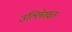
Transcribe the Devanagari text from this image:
उल्लेिखत